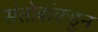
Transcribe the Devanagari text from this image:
संतोबांकडून